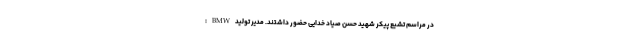
در مراسم تشیع پیکر شهید حسن صیاد خدایی حضور داشتند. مدیر تولیدBMW: